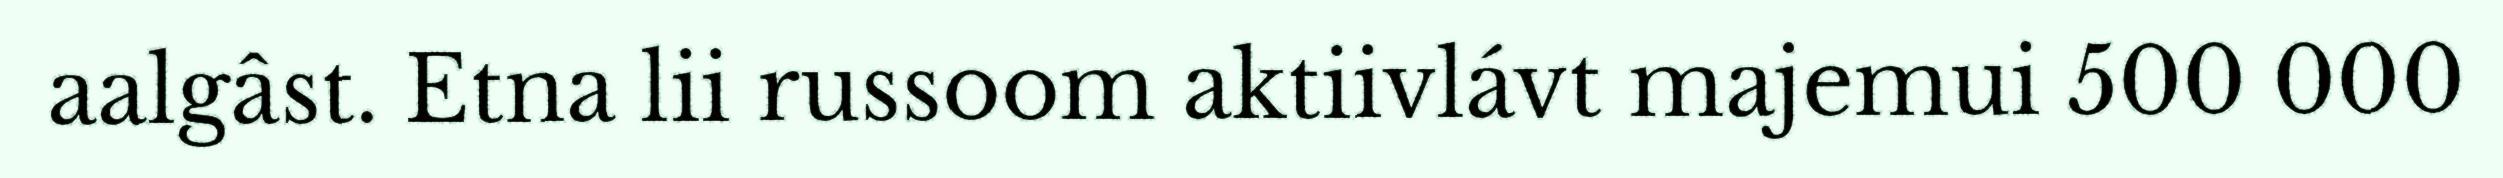
aalgâst. Etna lii russoom aktiivlávt majemui 500 000